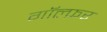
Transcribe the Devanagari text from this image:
गॉल्फ़र